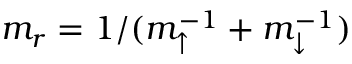
m _ { r } = 1 / ( m _ { \uparrow } ^ { - 1 } + m _ { \downarrow } ^ { - 1 } )